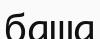
баша